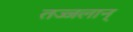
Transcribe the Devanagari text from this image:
तज्जलान्